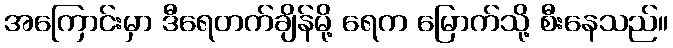
အကြောင်းမှာ ဒီရေတက်ချိန်မို့ ရေက မြောက်သို့ စီးနေသည်။